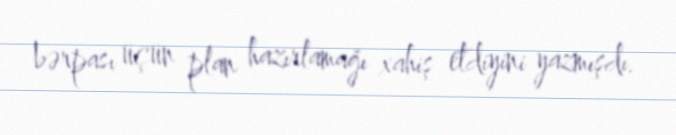
bərpası üçün plan hazırlamağı xahiş etdiyini yazmışdı.